system: You are a helpful assistant.
user:
Analyze the provided spectrum to determine if it is a **S-type Star**.

- **Key Indicators for S-type Star:**

    - **(Overall Spectrum Shape):** The first and most obvious characteristic is the overall continuum (the "baseline" shape). It is **extremely "red-sloping,"** meaning the flux (light intensity) is very low on the left side (blue, ~4000-4500 Å) and rises steeply and continuously toward the right side (red, ~7000 Å+).

    - **(Primary):** The spectrum is defined by the presence of strong, broad molecular absorption "valleys" (bands) from **Zirconium Oxide (ZrO)**. The identification of these bands is the **primary requirement** for classifying a star as S-type.
        - **(Key Bandheads):** You must find distinct, deep "dips" where the light has been absorbed. The most critical band systems to locate are:
            - **~6474 Å** ($\gamma$-system): This is often the strongest and clearest ZrO feature, found in the red part of the spectrum.
            - **~5718 Å** & **~5551 Å** ($\beta$-system): A pair of prominent absorption features in the yellow-orange part of the spectrum.
            - **~4640 Å** ($\alpha$-system): A key absorption band system in the blue-green region of the spectrum.

    - **(Secondary Confirmation):** The classification is strengthened by finding additional absorption bands from other related heavy element oxides, which are expected to be present alongside ZrO.
        - **(Key Bandheads):**
            - **Yttrium Oxide (YO):** Look for absorption dips near **~4800 Å** and **~6100 Å**.
            - **Lanthanum Oxide (LaO):** Additional absorption features, particularly in the red-orange part of the spectrum, are also characteristic.

    - **(Line Profile):** The combination of the steep red continuum and these numerous, deep molecular bands (ZrO, YO, etc.) gives the entire spectrum a very **"chopped-up"** or **"bumpy"** appearance. Instead of a smooth curve, the spectrum looks as though large, wide chunks of light have been "carved out" of it at the specific wavelengths listed above.

Think first, call **spectral_visualization_tool** if needed to examine features in detail, then provide your final answer. Your response must adhere to the following strict rules:
1.  **Overall Structure:** Your response must follow the format `<think>...</think> <tool_call>...</tool_call> (if a tool is used) <answer>...</answer>`.
2.  **Tool Usage Constraint:** You may only make **one** tool call per turn.
3.  **Final Answer Format:** In the `<answer>` tag, your conclusion must be inside a `\boxed{}` command (e.g., `\boxed{YES}` or `\boxed{NO}`), followed by your justification.

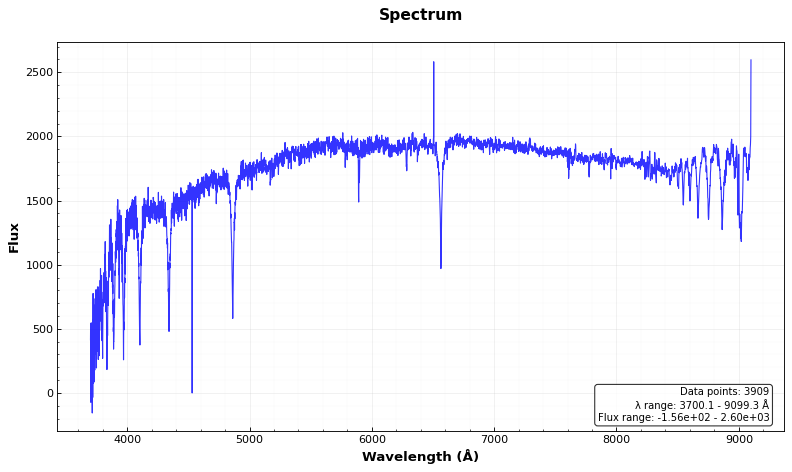
Answer: NO